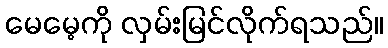
မေမေ့ကို လှမ်းမြင်လိုက်ရသည်။